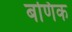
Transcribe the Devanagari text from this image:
बणिक